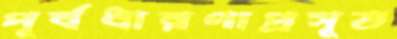
পূর্বধারণাপ্রসূত